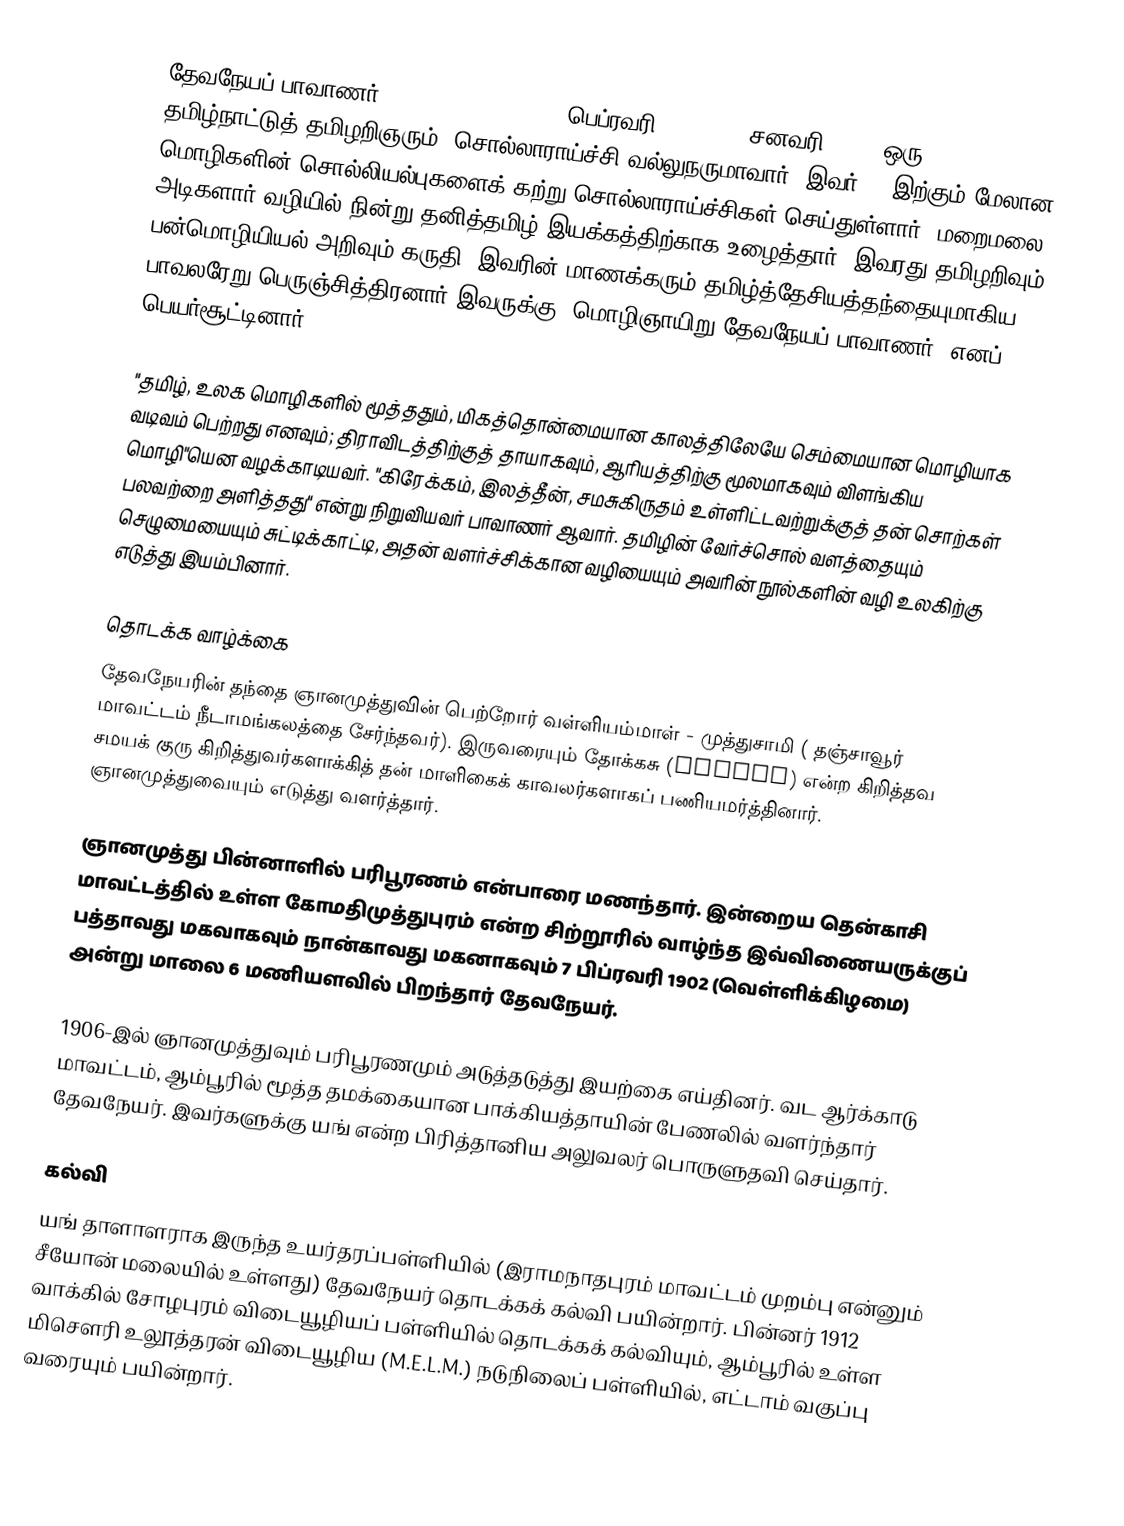
தேவநேயப் பாவாணர் (Devaneya Pavanar; 7 பெப்ரவரி 1902 – 15 சனவரி 1981) ஒரு தமிழ்நாட்டுத் தமிழறிஞரும், சொல்லாராய்ச்சி வல்லுநருமாவார். இவர் 40-இற்கும் மேலான மொழிகளின் சொல்லியல்புகளைக் கற்று சொல்லாராய்ச்சிகள் செய்துள்ளார். மறைமலை அடிகளார் வழியில் நின்று தனித்தமிழ் இயக்கத்திற்காக உழைத்தார். இவரது தமிழறிவும் பன்மொழியியல் அறிவும் கருதி, இவரின் மாணக்கரும் தமிழ்த்தேசியத்தந்தையுமாகிய பாவலரேறு பெருஞ்சித்திரனார் இவருக்கு "மொழிஞாயிறு தேவநேயப் பாவாணர்" எனப் பெயர்சூட்டினார்.

"தமிழ், உலக மொழிகளில் மூத்ததும், மிகத்தொன்மையான காலத்திலேயே செம்மையான மொழியாக வடிவம் பெற்றது எனவும்; திராவிடத்திற்குத் தாயாகவும், ஆரியத்திற்கு மூலமாகவும் விளங்கிய மொழி"யென வழக்காடியவர். "கிரேக்கம், இலத்தீன், சமசுகிருதம் உள்ளிட்டவற்றுக்குத் தன் சொற்கள் பலவற்றை அளித்தது" என்று நிறுவியவர் பாவாணர் ஆவார். தமிழின் வேர்ச்சொல் வளத்தையும் செழுமையையும் சுட்டிக்காட்டி, அதன் வளர்ச்சிக்கான வழியையும் அவரின் நூல்களின் வழி உலகிற்கு எடுத்து இயம்பினார்.

தொடக்க வாழ்க்கை
தேவநேயரின் தந்தை ஞானமுத்துவின் பெற்றோர் வள்ளியம்மாள் - முத்துசாமி ( தஞ்சாவூர் மாவட்டம் நீடாமங்கலத்தை சேர்ந்தவர்). இருவரையும் தோக்கசு (Stokes) என்ற கிறித்தவ சமயக் குரு கிறித்துவர்களாக்கித் தன் மாளிகைக் காவலர்களாகப்  பணியமர்த்தினார்.  ஞானமுத்துவையும் எடுத்து வளர்த்தார்.

ஞானமுத்து பின்னாளில் பரிபூரணம் என்பாரை மணந்தார். இன்றைய தென்காசி மாவட்டத்தில் உள்ள கோமதிமுத்துபுரம் என்ற சிற்றூரில் வாழ்ந்த இவ்விணையருக்குப் பத்தாவது மகவாகவும் நான்காவது மகனாகவும் 7 பிப்ரவரி 1902 (வெள்ளிக்கிழமை) அன்று மாலை 6 மணியளவில் பிறந்தார் தேவநேயர்.

1906-இல்  ஞானமுத்துவும்  பரிபூரணமும் அடுத்தடுத்து இயற்கை எய்தினர்.  வட ஆர்க்காடு மாவட்டம், ஆம்பூரில் மூத்த தமக்கையான பாக்கியத்தாயின் பேணலில் வளர்ந்தார் தேவநேயர். இவர்களுக்கு யங் என்ற பிரித்தானிய அலுவலர் பொருளுதவி செய்தார்.

கல்வி
யங் தாளாளராக இருந்த உயர்தரப்பள்ளியில் (இராமநாதபுரம் மாவட்டம் முறம்பு என்னும் சீயோன் மலையில் உள்ளது)  தேவநேயர் தொடக்கக் கல்வி பயின்றார். பின்னர் 1912 வாக்கில் சோழபுரம் விடையூழியப் பள்ளியில் தொடக்கக் கல்வியும், ஆம்பூரில் உள்ள மிசௌரி உலூத்தரன்  விடையூழிய (M.E.L.M.)  நடுநிலைப் பள்ளியில், எட்டாம் வகுப்பு வரையும் பயின்றார்.